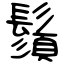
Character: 鬚